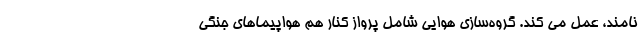
نامند، عمل می کند. گروه‌سازی هوایی شامل پرواز کنار هم هواپیماهای جنگی